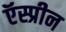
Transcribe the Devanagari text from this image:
ऍस्प्रीन